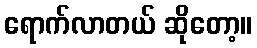
ရောက်လာတယ် ဆိုတော့။